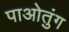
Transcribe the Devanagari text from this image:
पाओतुंग